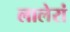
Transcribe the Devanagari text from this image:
लालेरां